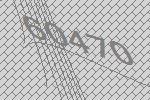
60470